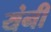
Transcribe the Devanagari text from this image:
यंनी